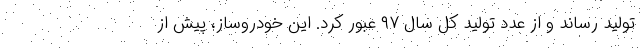
تولید رساند و از عدد تولید کل سال ۹۷ عبور کرد. این خودروساز، پیش از